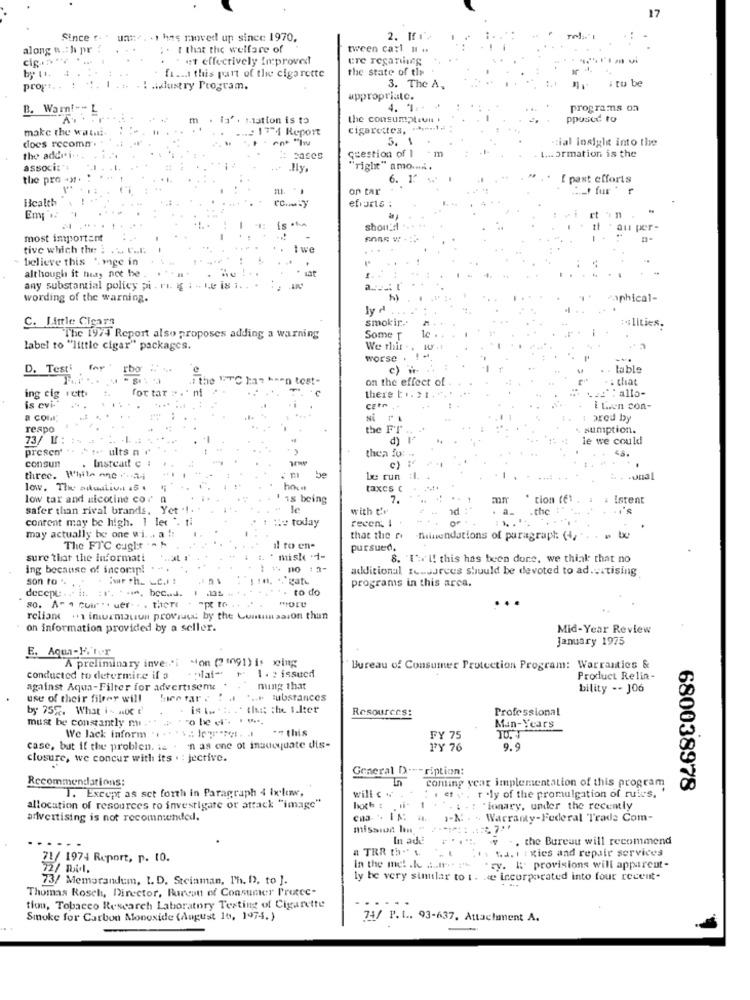
17
Since t. . unte, . 1 has moved un since 1970.
2. If .
along a .: h pr
. t that the welfare of
tween carl # #
.
et effectively improved!
ure regarding
the state of tir
fissa this part of the cigarette
: tu be
propt .. ! !. 1 . .. .. .. dustry Program.
.idustry Program.
3. The A,
appropriate.
B. Warnt --- L
4. "#:+
programs on
m
. ia' . mation is to
the consumption
ppusce to
make the walti.
... 2 17 4 Report
cigarettes, .*--- 1.
does recomn . .
5. 1
cial insigle into the
- m
. t ... ormation is the
the addei ..
question of I
associt
Hly.
"right" amo .....
the pro -> .
6. 1.
E past efforts
on tar
_t fur
Health
efiarts :
shout'd .
au per-
most important
tive which the : ... V ....
1
twe
believe this ".mge in
mge in
1 ----
...
although it heay not be
any substantial policy pi . ri. gg ; - Le i8 i. ..
wording of the warning.
Paphical-
ly d
C. Little Cigara
smokir ..
The 19/4 Report also proposes adding a warning
Some T
label to "little cigar" packages.
We rhir.
worse .
c) i
Jable
D. Test for rb
the WTC haz heen tost-
on the effect of
: that
for tar :
ni
allo-
ing cig rett
there [ .. . . ..
is evi-
CEtr
i Lien con-
Ni PI
Lared by
respo
the FT
sumption.
73/ W: : +7
-1. ..
d)
le we could
presen'
. ults n .
consun
. Instead c :
then fo: -
c) "
three. While one
be run
low. The situation 45 .
taxes c
low tax and nicotine cor n
1 18 being
7.
mm
tion (E)
Istent
safer than rival brands, Yet .!. .
le
with t'r
nd
the
is
conrent may be high. 1 let ". fi
te today
recen, 1
OF
may actually be one wi. .. a !:
that the ri
Shinendations of paragraph: (4,
The FTC cught . .
il to en-
pursued.
sure that the informati
: ** misk -
8. I':' I! this has been done, we think that no
ing because of incorp! ...
additional fessurees should be devoted to ad.vitising
son to ".
programs in this area.
decepe . . it. : 1. . . i. bCC.d.
to do
80. A- 4 cuir . . uer- . . theTe
reliant . inurmauun proviuw by the Commission thun
Oh information provided by a seller.
Mid-Year Review
January 1975
E. Aqua-H.T.T
A preliminary inve:"i Mon (21091) is wing
"laf+
- 1. : issued
Bureau of Consumer Protection Program: Warranties &
conducted to determine if a
Product Relin-
against Aqua-Filter for advertisem
nung that
bility -- J06
use of their filrey will
her tar .
..... substances
by 75%. What i - moc t
is t. . . . . that the I.lter
Resources:
Professional
must be constantly mi. " >
We lack inform .r. I.
-- this
Man-Years
FY 75
case, but if the problen. is . 'n as one ot inadequate dis-
PY 76
9.9
closure, we concur with its . : jective.
General D.
ription:
Recommendations:
In
conting year implementation of this program
1. Except as set forth in Paragraph 4 Ixlow,
680038978
will -
Tief . r.ly of the promulgation of rules,
allocation of resources ro investigate or attack ""image"
1 .
. : - : "ionary, under the recently
advertising is not recommended.
J-M . " Warranty-Federal Trade Com-
mission lin "
In ade
.. the Bureau will recommend
a TRR th"" A
KJ. I : kies and repair services
71/ 1974 Report, p. 10.
72/ Bidl.
In the met .le ... It -. 1%
"ry. I: provisions will apparent-
73/ Memorandum, I. D. Steinman, Ph. D), to ].
ly be very similar to t. we incorporated into four recent-
Thomas Rosch, Director, Bureau of Consumer Protec-
tion, Tobacco Research Laboratory Testing of Cigarette
Smoke for Carbon Monoxide (August 10, 1974.)
74/ P.L .. 93-637. Attachment A.